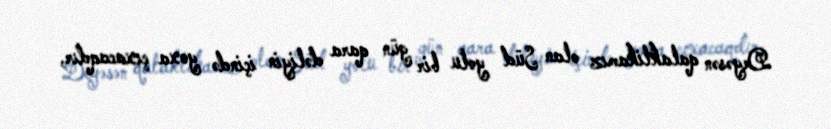
Deyəsən qalaktikamız olan Süd yolu bir gün qara dəliyin içində yoxa çıxacaqdır,